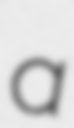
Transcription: a